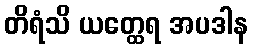
တိရံသိ ယတ္ထေရ အပဒါန